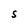
Character: S